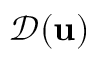
{ \mathcal { D } } ( { \mathbf u } )